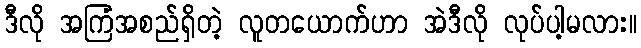
ဒီလို အကြံအစည်ရှိတဲ့ လူတယောက်ဟာ အဲဒီလို လုပ်ပါ့မလား။